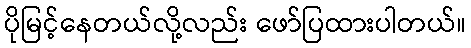
ပိုမြင့်နေတယ်လို့လည်း ဖော်ပြထားပါတယ်။